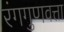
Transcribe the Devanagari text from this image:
रंगगुणवत्ता